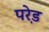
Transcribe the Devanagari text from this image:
परे़ड